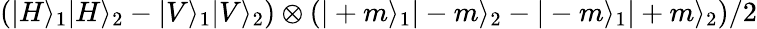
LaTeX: \left(|H\rangle_{1}|H\rangle_{2}-|V\rangle_{1}|V\rangle_{2}\right)\otimes\left(|+m\rangle_{1}|-m\rangle_{2}-|-m\rangle_{1}|+m\rangle_{2}\right)/2